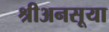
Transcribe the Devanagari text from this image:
श्रीअनसूया